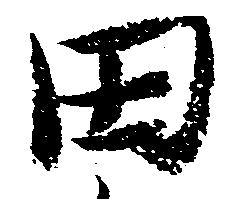
田